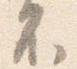
不